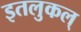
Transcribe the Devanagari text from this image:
इतलुकल्